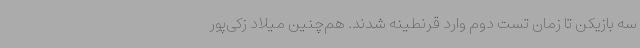
سه بازیکن تا زمان تست دوم وارد قرنطینه شدند. هم‌چنین میلاد زکی‌پور